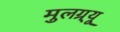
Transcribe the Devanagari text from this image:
मुलग्र्यू